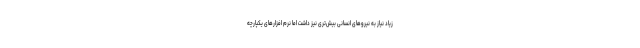
زیاد نیاز به نیروهای انسانی بیش‌تری نیز داشت اما نرم افزارهای یکپارچه